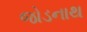
જોડનાથ